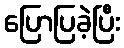
ပြောပြခဲ့ပြီး